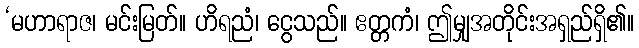
‘မဟာရာဇ၊ မင်းမြတ်။ ဟိရညံ၊ ငွေသည်။ ဧတ္တကံ၊ ဤမျှအတိုင်းအရှည်ရှိ၏။